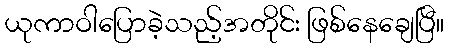
ယုကာဝါပြောခဲ့သည့်အတိုင်း ဖြစ်နေချေပြီ။